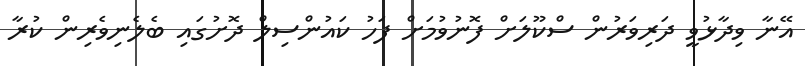
އޭނާ ވިދާޅުވީ ދަރިވަރުން ސްކޫލަށް ފޮނުވުމަށް ފަހު ކައުންސިލް ދޮށުގައި ބެލެނިވެރިން ކުރާ